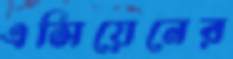
এসিয়েনের